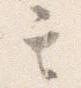
其